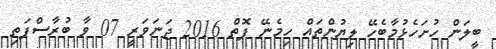
ބީލަން ހުށަހެޅުމާބެހޭ ލިޔުންތައް ހިމެނޭ ފޮތް 2016 ޖަނަވަރީ 07 ވާ ބުރާސްފަތި